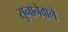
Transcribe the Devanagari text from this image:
सुनानेवाले